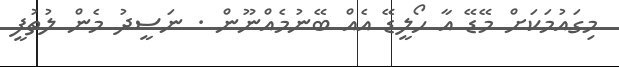
މިގައުމަކަށް މޭޑޭ އާ ހޯލީޑޭ އެއް ބޭނުމެއްނޫން . ނަސީދު މެން ލުތުފީ